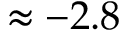
\approx - 2 . 8